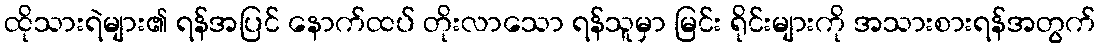
ထိုသားရဲများ၏ ရန်အပြင် နောက်ထပ် တိုးလာသော ရန်သူမှာ မြင်း ရိုင်းများကို အသားစားရန်အတွက်